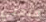
صنعتي